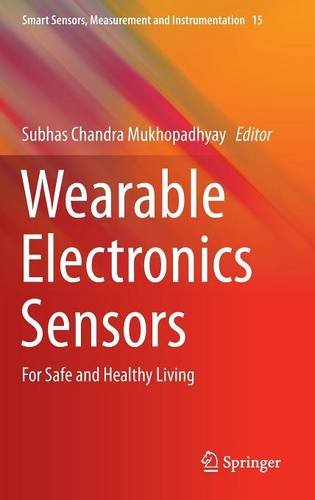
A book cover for Wearable Electronics Sensors: For Safe and Healthy Living (Smart Sensors, Measurement and Instrumentation); Science & Math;